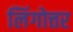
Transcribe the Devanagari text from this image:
लिंगोत्तर